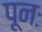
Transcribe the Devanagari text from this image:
पूनः